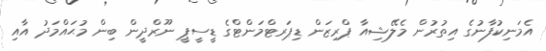
އެމަނިކުފާނުގެ އިތުރުން މެލޭޝިއާ ޕްރިޒަން ޑިޕަރޓްމަންޓްގެ ޑީސީޕީ ނޫރްދީން ބިން މުޙައްމަދު އާއި